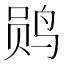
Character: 𫛫